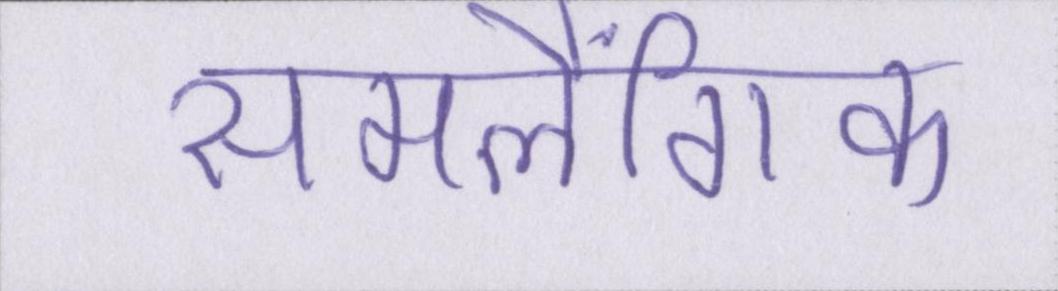
समलैंगिक